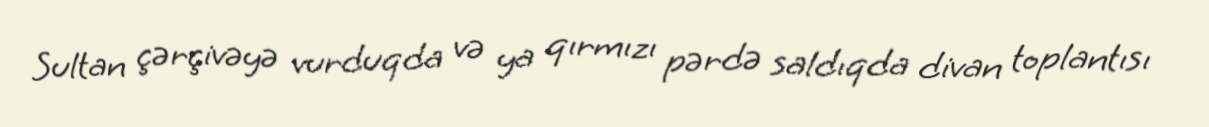
Sultan çərçivəyə vurduqda və ya qırmızı pərdə saldıqda divan toplantısı